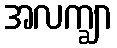
အလက္ချာ